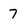
Character: 7